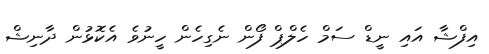
އިފްޝާ އައި ނީޑް ސަމް ހެލްޕް ފޯން ނެގިހެން ހީނުވެ އެކޮޅުން ދާނިޝް